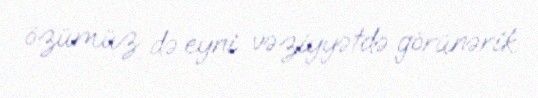
özümüz də eyni vəziyyətdə görünərik.